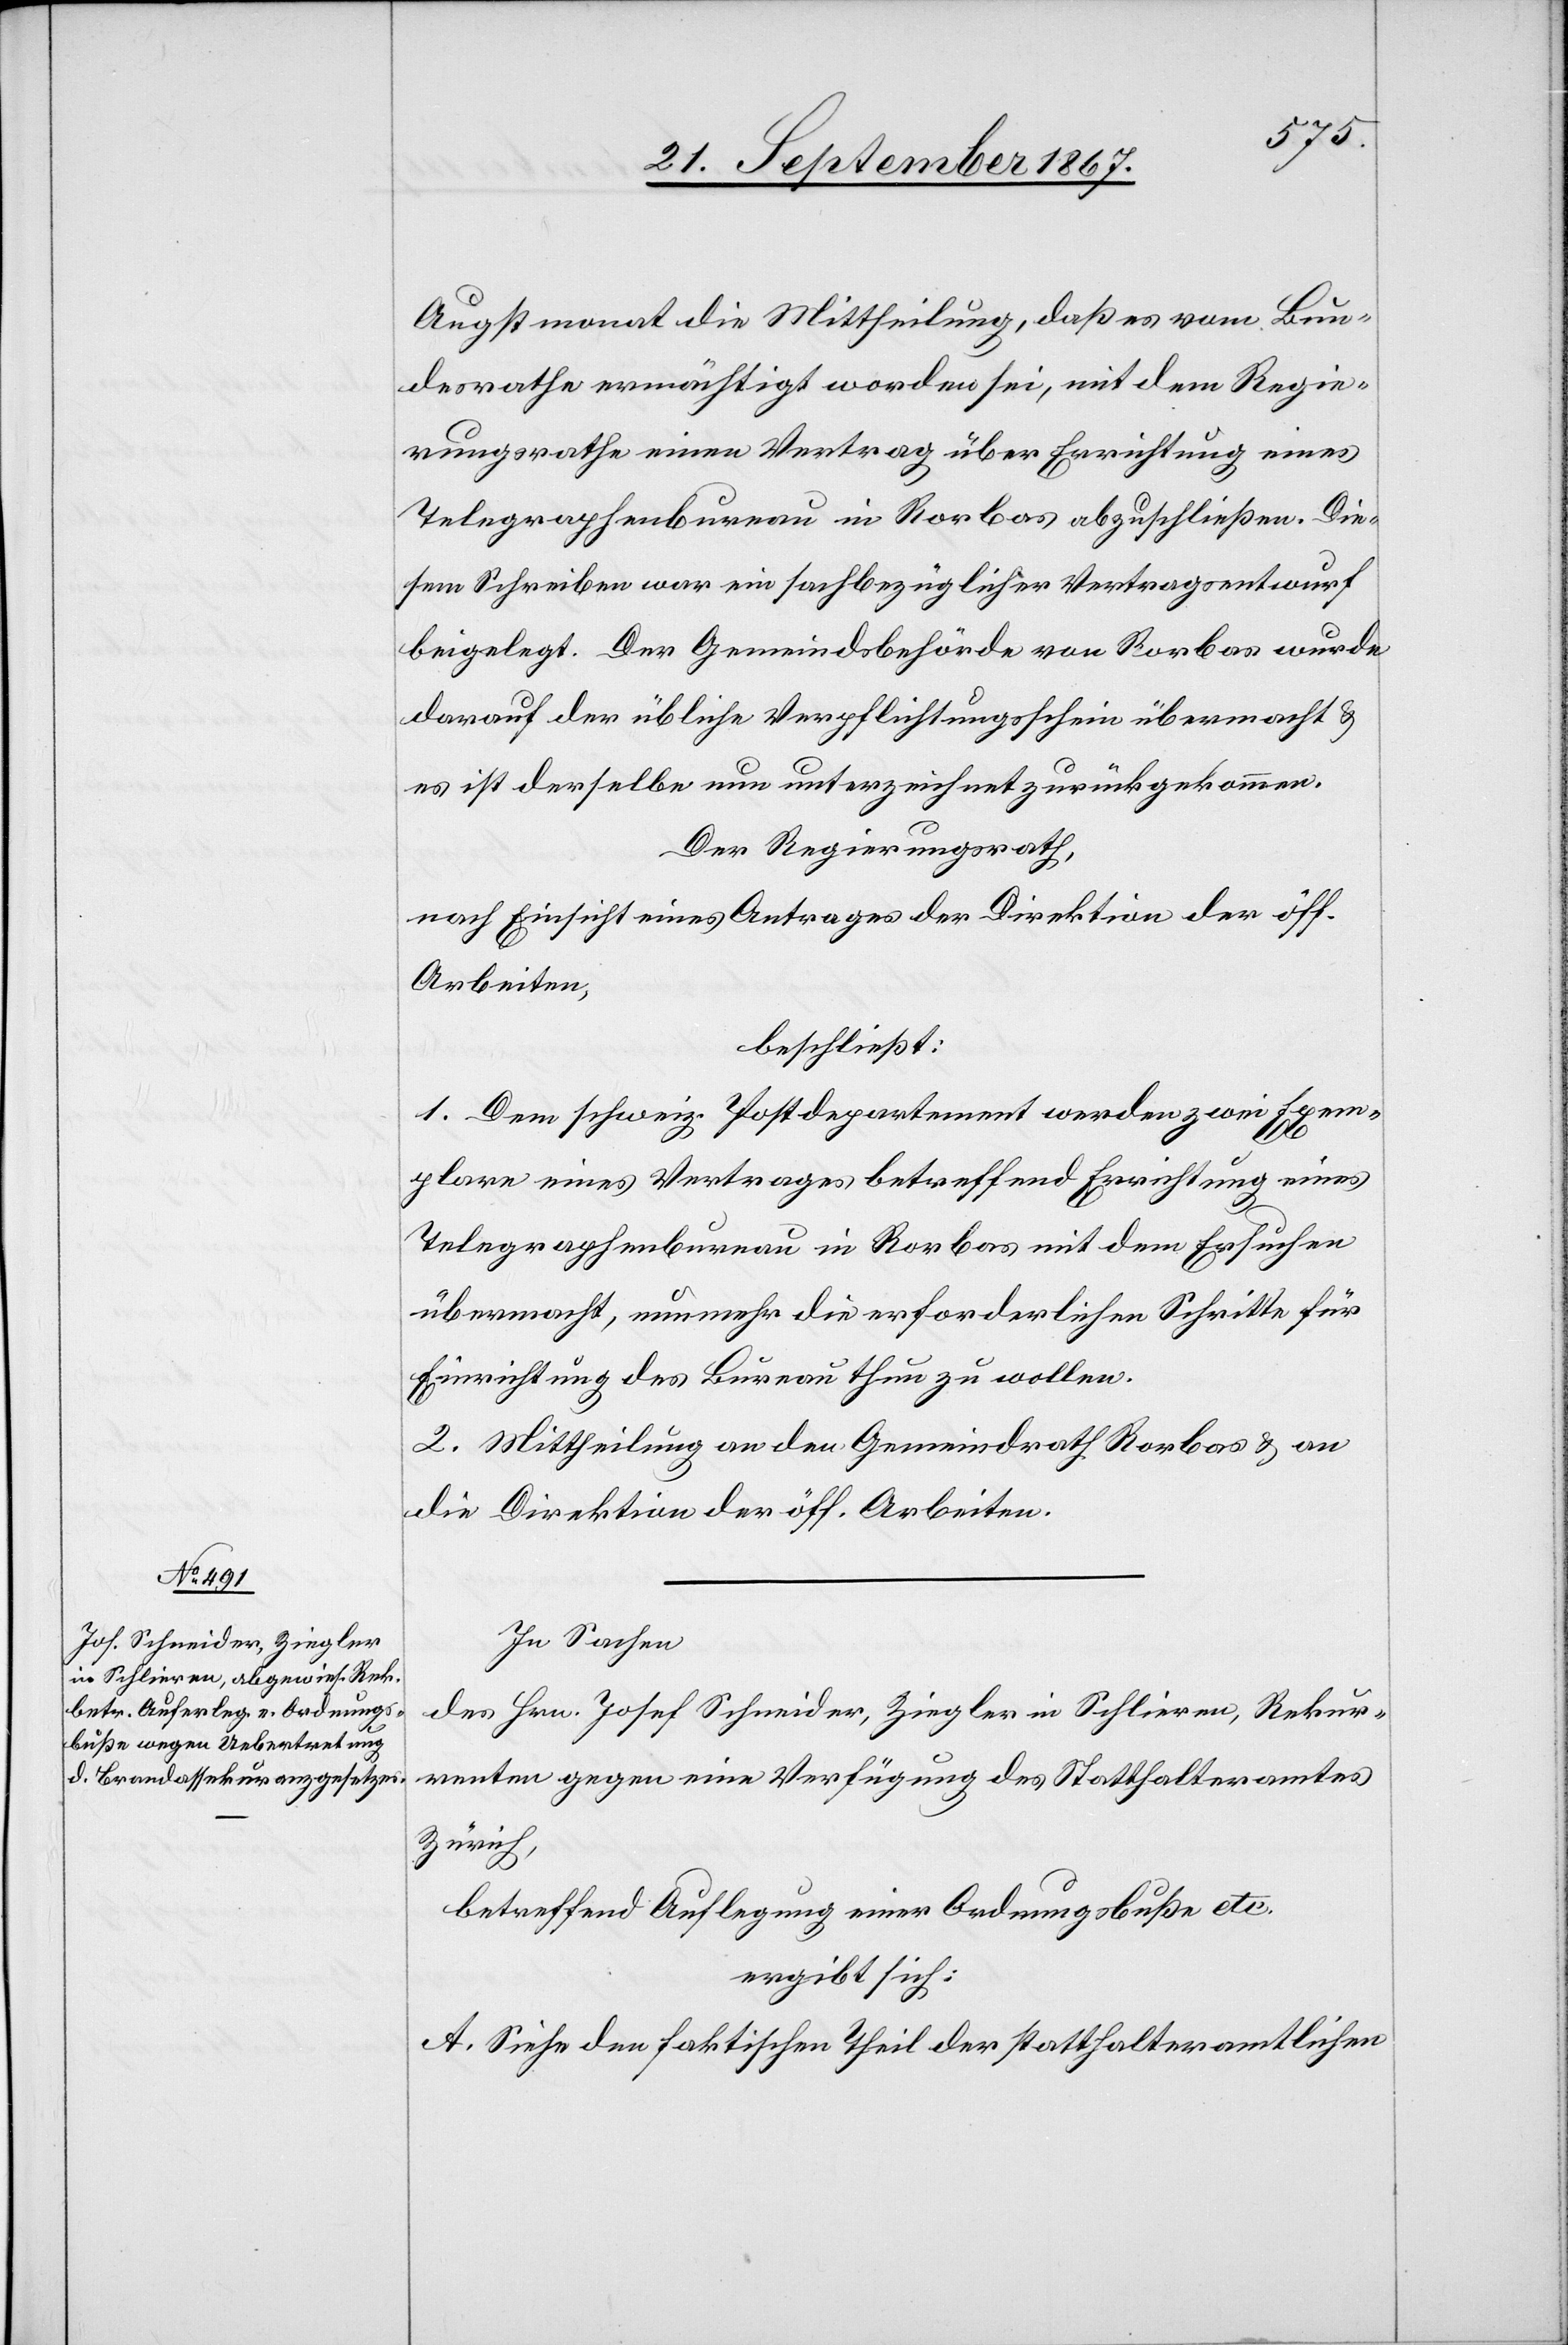
Augstmonat die Mittheilung, daß es vom Bun¬
desrathe ermächtigt worden sei, mit dem Regie¬
rungsrathe einen Vertrag über Errichtung eines
Telegraphenbureau in Rorbas abzuschließen. Die¬
sem Schreiben war ein sachbezüglicher Vertragsentwurf
beigelegt. Der Gemeindsbehörde von Rorbas wurde
darauf der übliche Verpflichtungsschein übermacht u.
es ist derselbe nun unterzeichnet zurückgekommen.
Der Regierungsrath,
nach Einsicht eines Antrages der Direktion der öff.
Arbeiten,
beschließt:
1. Dem schweiz. Postdepartement werden zwei Exem¬
plare eines Vertrages betreffend Errichtung eines
Telegraphenbureau in Rorbas mit dem Ersuchen
übermacht, nunmehr die erforderlichen Schritte für
Einrichtung des Bureau thun zu wollen.
2. Mittheilung an den Gemeindrath Rorbas u. an
die Direktion der öff. Arbeiten.
In Sachen
des Hrn. Josef Schneider, Ziegler in Schlieren, Rekur¬
renten gegen eine Verfügung des Statthalteramtes
Zürich,
betreffend Auflegung einer Ordnungsbuße etc.
ergibt sich:
A. Siehe den faktischen Theil der statthalteramtlichen